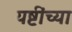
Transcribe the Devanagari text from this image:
यष्टींच्या